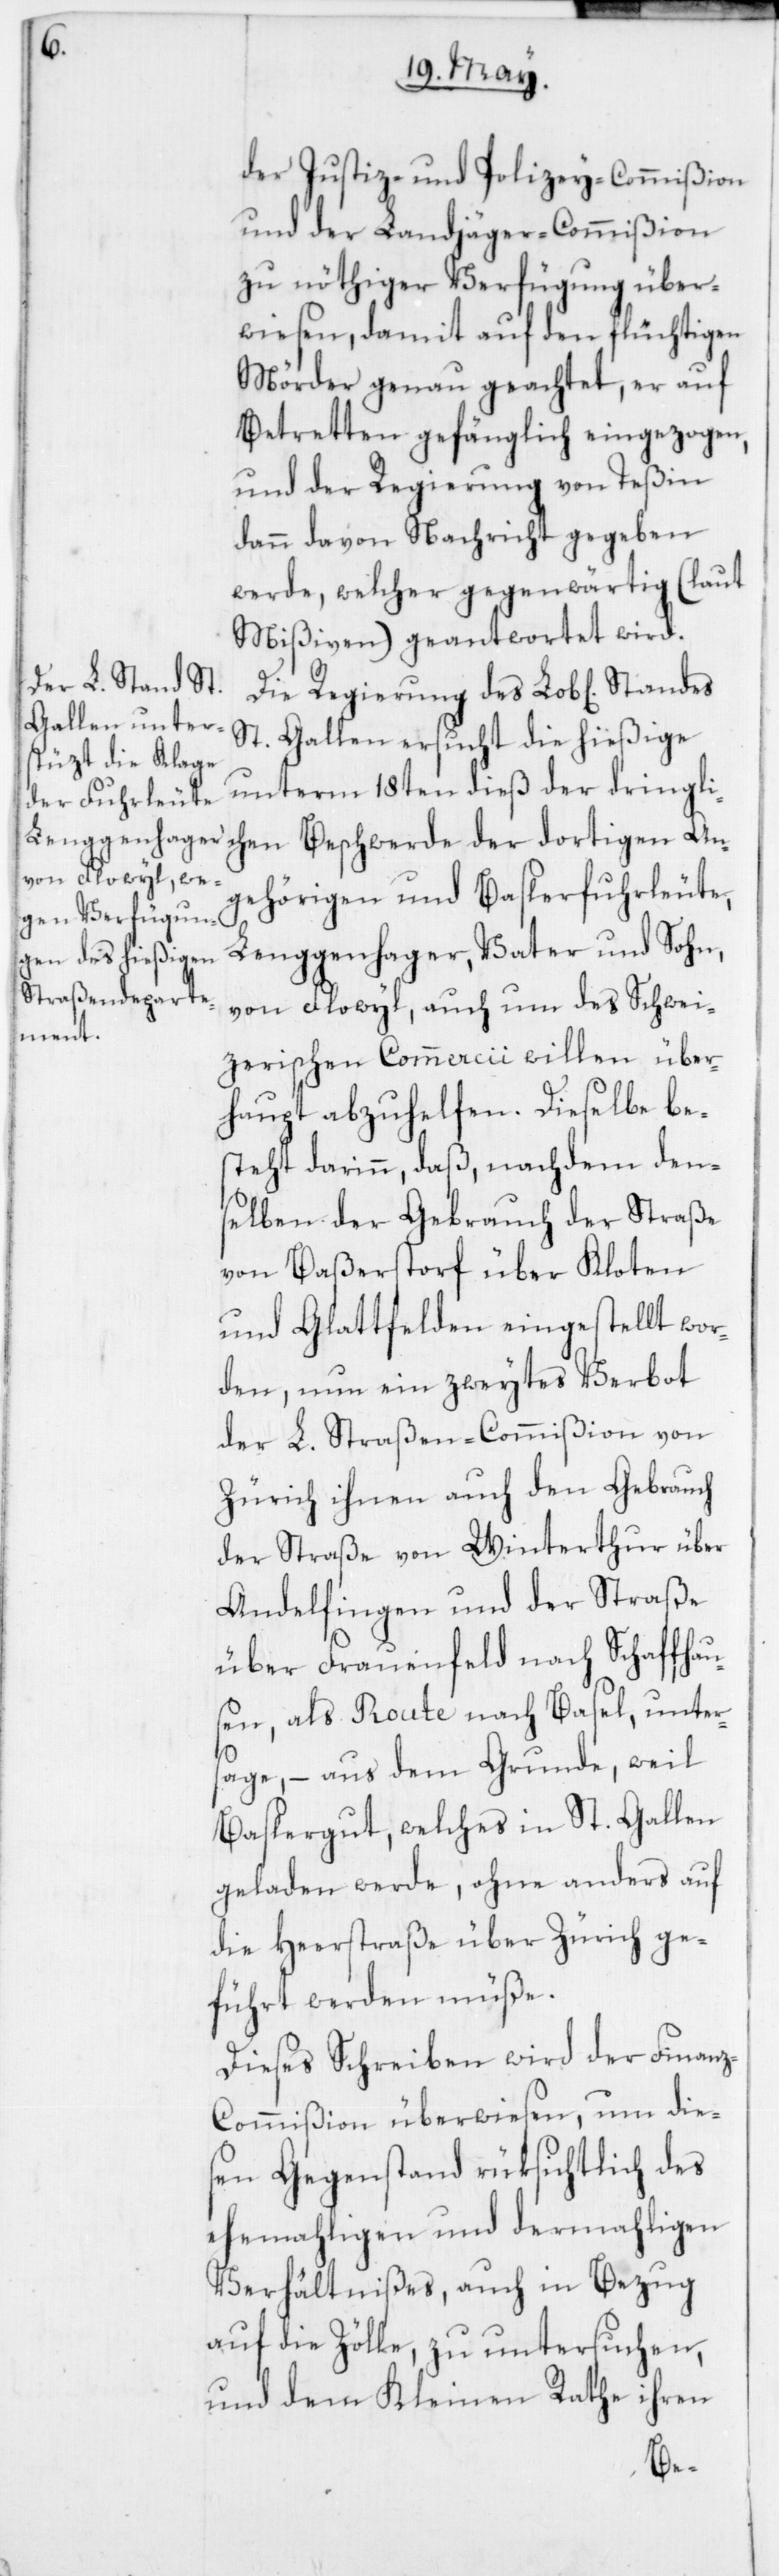
der Justiz- und Polizey-Commißion
und der Landjäger-Commißion
zu nöthiger Verfügung über¬
wiesen, damit auf den flüchtigen
Mörder genau geachtet, er auf
Betretten gefänglich eingezogen,
und der Regierung von Teßin
dann davon Nachricht gegeben
werde, welcher gegenwärtig (laut
Mißiven) geantwortet wird.
Die Regierung des Lob[lichen]
St. Gallen ersucht die hießige
unterm 18ten dieß der dringli¬
chen Beschwerde der dortigen An¬
gehörigen und Baslerfuhrleute,
Lenggenhager, Vater und Sohn,
von Flowyl, auch um des Schwei¬
zerischen Commercii willen über¬
haupt abzuhelfen. Dieselbe be¬
steht darinn, daß, nachdem den¬
selben der Gebrauch der Straße
von Baßerstorf über Kloten
und Glattfelden eingestellt wor¬
den, nun ein zweytes Verbot
der L. Straßen-Commißion von
Zürich ihnen auch den Gebrauch
der Straße von Winterthur über
Andelfingen und der Straße
über Frauenfeld nach Schaffhau¬
sen, als Route nach Basel, unter¬
sage, – aus dem Grunde, weil
Baslergut, welches in St. Gallen
geladen werde, ohne anders auf
die Heerstraße über Zürich ge¬
führt werden müße.
Dieses Schreiben wird der Finan¬
z-Commißion überwiesen, um die¬
sen Gegenstand rüksichtlich des
ehemahligen und dermahligen
Verhältnißes, auch in Bezug
auf die Zölle, zu untersuchen,
und dem Kleinen Rathe ihren